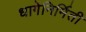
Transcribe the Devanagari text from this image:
धागेनिर्मिती